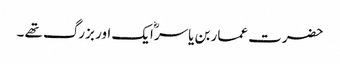
حضرت عمار بن یاسرؓ ایک اور بزرگ تھے ۔